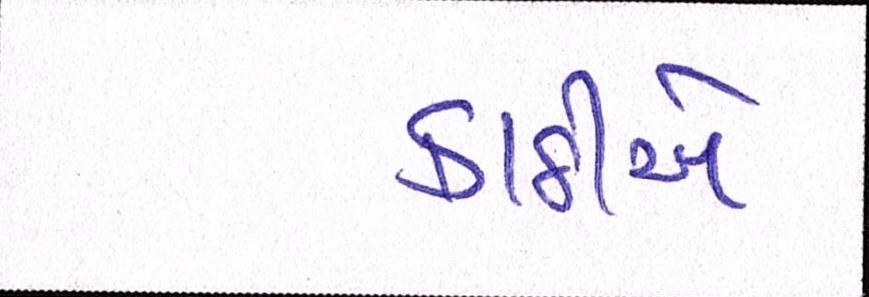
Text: કાઠીએ